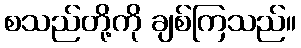
စသည်တို့ကို ချစ်ကြသည်။